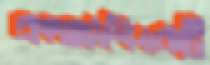
বাংলাদেশিএকটি